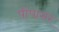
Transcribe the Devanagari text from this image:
पींपासर